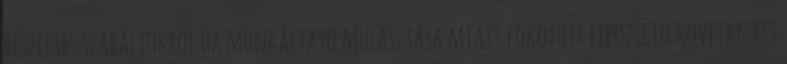
részletes szabályokról Ha munkáltató mulasztása miatt fokozott expozíció következett